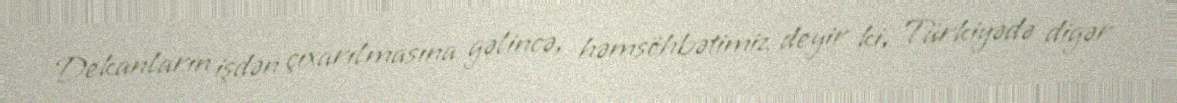
Dekanların işdən çıxarılmasına gəlincə, həmsöhbətimiz deyir ki, Türkiyədə digər